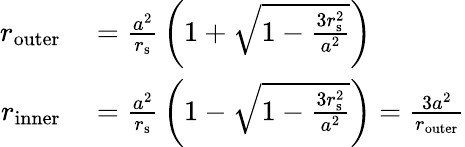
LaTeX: \begin{array}{rl}{r_{\mathrm{outer}}}&{{}={\frac{a^{2}}{r_{\mathrm{{s}}}}}\left(1+{\sqrt{1-{\frac{3r_{\mathrm{{s}}}^{2}}{a^{2}}}}}\right)}\\ {r_{\mathrm{inner}}}&{{}={\frac{a^{2}}{r_{\mathrm{{s}}}}}\left(1-{\sqrt{1-{\frac{3r_{\mathrm{{s}}}^{2}}{a^{2}}}}}\right)={\frac{3a^{2}}{r_{\mathrm{outer}}}}}\end{array}